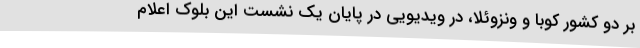
بر دو کشور کوبا و ونزوئلا،‌ در ویدیویی در پایان یک نشست این بلوک اعلام